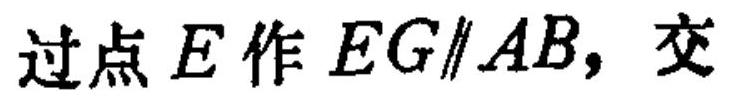
过点 \(E\) 作 \(EG\parallel AB\)，交